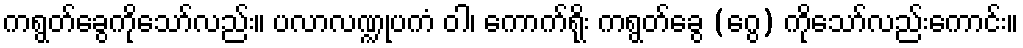
ကရွတ်ခွေကိုသော်လည်း။ ပလာလဏ္ဍုပကံ ဝါ၊ ကောက်ရိုး ကရွတ်ခွေ (ဂွေ) ကိုသော်လည်းကောင်း။